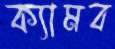
ক্যামব